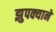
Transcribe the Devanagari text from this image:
झुपक्याने